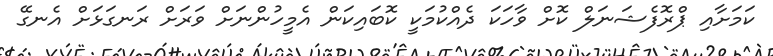
ކަމަށާއި ޕްރޮފެޝަނަލް ކޮށް ވާހަކަ ދެއްކުމަކީ ކޮބައިކަން އެމީހުންނަށް ވަރަށް ރަނގަޅަށް އެނގޭ